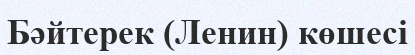
Бәйтерек (Ленин) көшесі